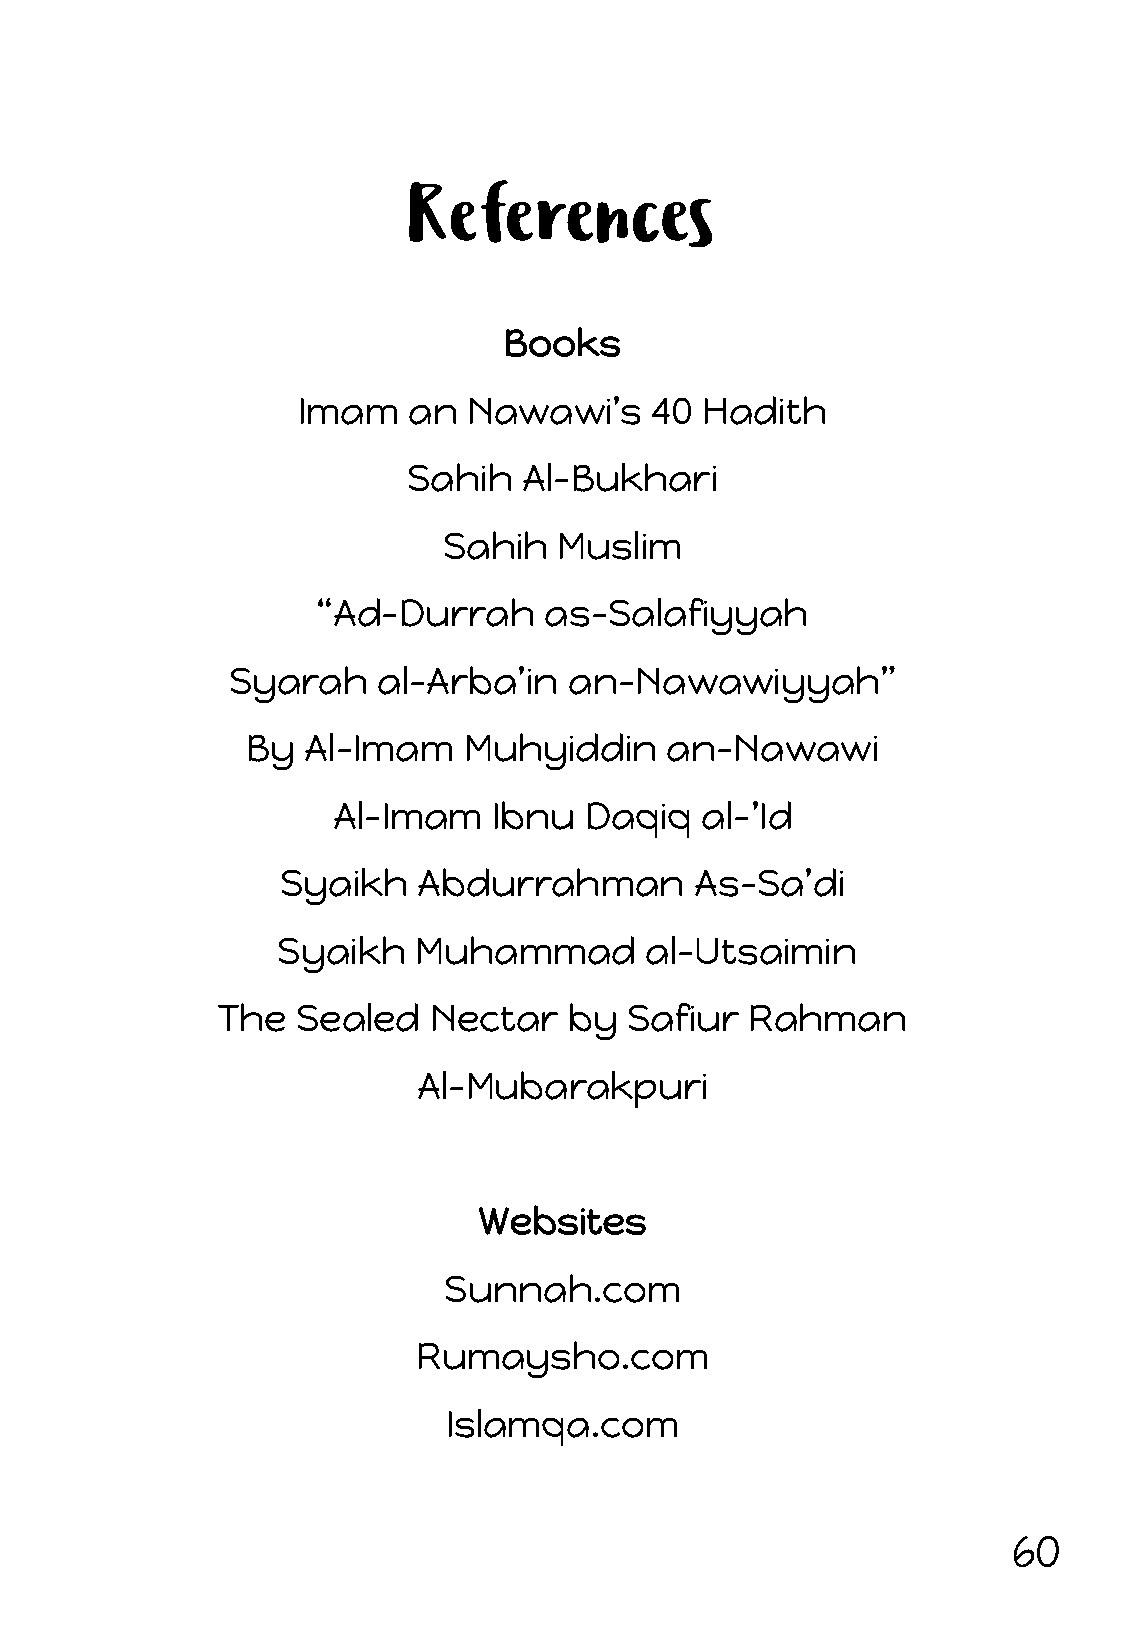
Books
 Imam   an  Nawawi’s    40 Hadith
 Sahih   Al-Bukhari
 Sahih   Muslim
 “Ad-Durrah     as-Salafiyyah
 Syarah    al-Arba’in   an-Nawawiyyah”
 By  Al-Imam    Muhyiddin    an-Nawawi
 Al-Imam    Ibnu  Daqiq  al-’Id
 Syaikh   Abdurrahman       As-Sa’di
 Syaikh   Muhammad        al-Utsaimin
 The   Sealed  Nectar    by Safiur   Rahman
 Al-Mubarakpuri
 Websites
 Sunnah.com
 Rumaysho.com
 Islamqa.com
 60